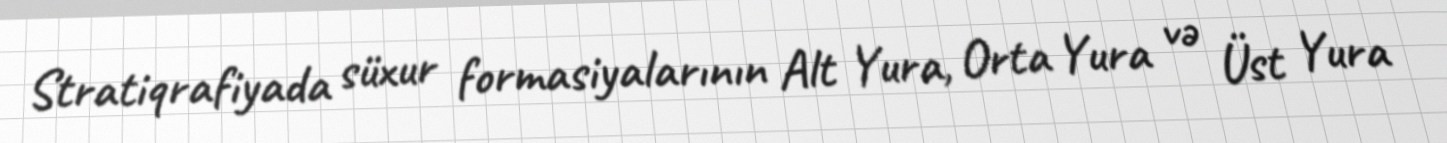
Stratiqrafiyada süxur formasiyalarının Alt Yura, Orta Yura və Üst Yura